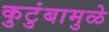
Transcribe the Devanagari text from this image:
कुटुंबामुळे